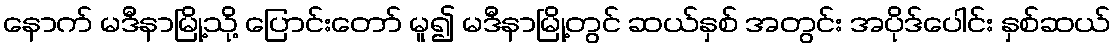
နောက် မဒီနာမြို့သို့ ပြောင်းတော် မူ၍ မဒီနာမြို့တွင် ဆယ်နှစ် အတွင်း အပိုဒ်ပေါင်း နှစ်ဆယ်